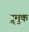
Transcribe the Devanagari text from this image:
द्र्मुक